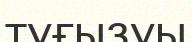
туғызуы